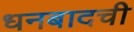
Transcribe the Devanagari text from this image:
धनबादची